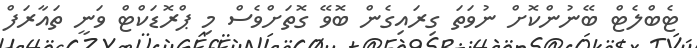
ޓެބްލެޓް ބޭނުންކޮށް ނުވަތަ ގިރައިގެން ބޮވޭ ގޮތަށްވެސް މި ޕްރޮޑަކްޓް ވަނީ ތައާރަފް